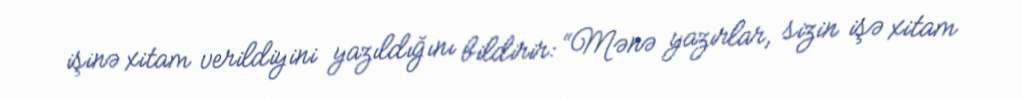
işinə xitam verildiyini yazıldığını bildirir: “Mənə yazırlar, sizin işə xitam